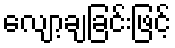
လျော့ချခြင်းဖြင့်